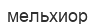
мельхиор